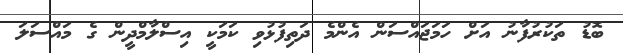
ބޮޑު ތަކުރުފާނު އަށް ހަމަޖައްސަން އެންމެ ދަތިފުޅުވި ކަމަކީ އިސްލާމްދީން ގެ މައްސަލަ